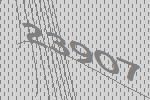
23907